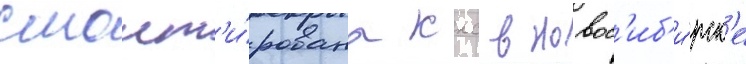
смонт'и́рована ккс в новос'иб'и́рск'е